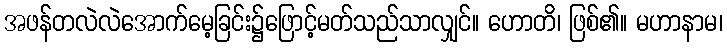
အဖန်တလဲလဲအောက်မေ့ခြင်း၌ဖြောင့်မတ်သည်သာလျှင်။ ဟောတိ၊ ဖြစ်၏။ မဟာနာမ၊